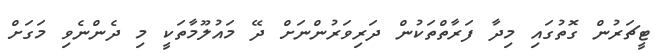
ޓީޗަރުން ގޮތުގައި މިދާ ފަރާތްތަކުން ދަރިވަރުންނަށް ދޭ މައުލޫމާތަކީ މި ދެންނެވި މަގަށް